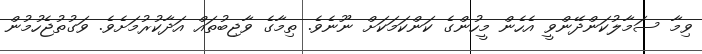
ވިމާ ސަމާލުކަންދޭންވީ އެހެން މީހުންގެ ކަންކަމަަކަށް ނޫނެވެ. ތިމާގެ ވާޖިބުތައް އަދާކުރުމަށެވެ. ވަގުތުޖެހުމުން